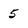
Character: 5